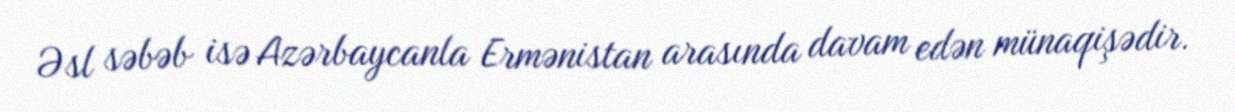
Əsl səbəb isə Azərbaycanla Ermənistan arasında davam edən münaqişədir.